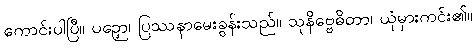
ကောင်းပါပြီ။ ပဉှော၊ ပြဿနာမေးခွန်းသည်။ သုနိဗ္ဗေဓိတာ၊ ယုံမှားကင်း၏။